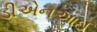
ડીએનઆઈ